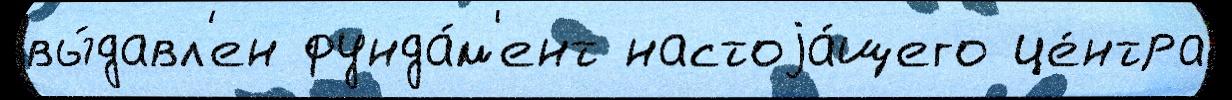
вы́давл'ен фунда́м'ент настоjа́щего це́нтра